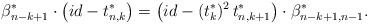
LaTeX: \begin{align*}{\beta^*_{n-k+1}}\cdot \left( id-t_{n,k}^* \right)=\left(id - (t_{k}^*)^{2} \, t_{n,k+1}^*\right)\cdot {\beta^*_{n-k+1,n-1}}.\end{align*}